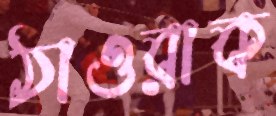
ঠাওরাক